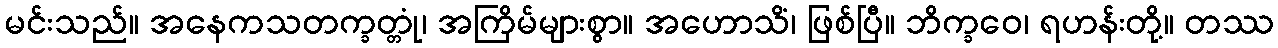
မင်းသည်။ အနေကသတက္ခတ္တုံ၊ အကြိမ်များစွာ။ အဟောသိံ၊ ဖြစ်ပြီ။ ဘိက္ခဝေ၊ ရဟန်းတို့။ တဿ